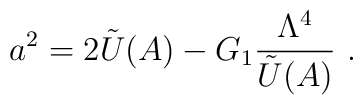
a^2=2\tilde{U}(A) - G_1{\Lambda^{4} \over \tilde{U}(A)}  \ .